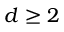
d \geq 2